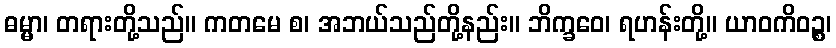
ဓမ္မာ၊ တရားတို့သည်။ ကတမေ စ၊ အဘယ်သည်တို့နည်း။ ဘိက္ခဝေ၊ ရဟန်းတို့။ ယာဝကိဝဉ္စ၊